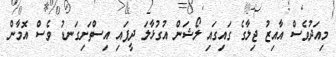
މިއަދުވެސް އާއިޒު ޖިލާގެ ގައިގައި ލޯޝަން އުގުޅާލަ ދީފައި އިސްތަށިގަނޑު ވެސް އޮމާން